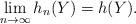
LaTeX: \begin{align*} \lim_{n\to \infty} h_n(Y) = h(Y).\end{align*}